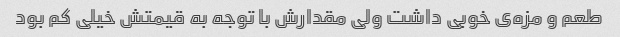
طعم و مزه‌ی خوبی داشت ولی مقدارش با توجه به قیمتش خیلی کم بود